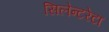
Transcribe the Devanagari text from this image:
सिलेन्टरेटा